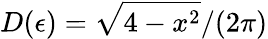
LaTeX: D(\epsilon)=\sqrt{4-x^{2}}/(2\pi)